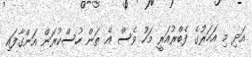
އަދި މި އަހަރުގެ ފެބްރުއަރީ މަހު ވެސް އެ ތަން ހުސްކުރަން އަންގާފައި